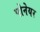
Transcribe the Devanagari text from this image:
पोनेयर